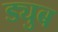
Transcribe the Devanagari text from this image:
ड्युब